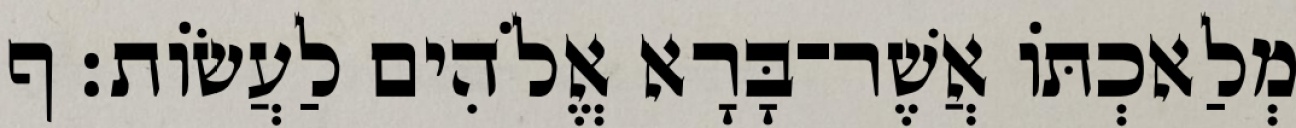
מְלַאכְתֹּו אֲשֶׁר־בָּרָא אֱלֹהִים לַעֲשֹׂות׃ ף